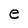
Character: e